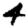
Digit: 4